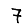
Digit: 7